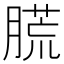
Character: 㬻